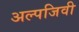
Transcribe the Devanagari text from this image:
अल्पजिवी